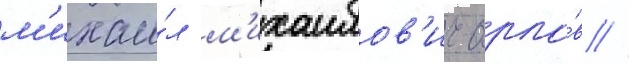
м'ихаи́л м'ихаилов'ич орло́в //